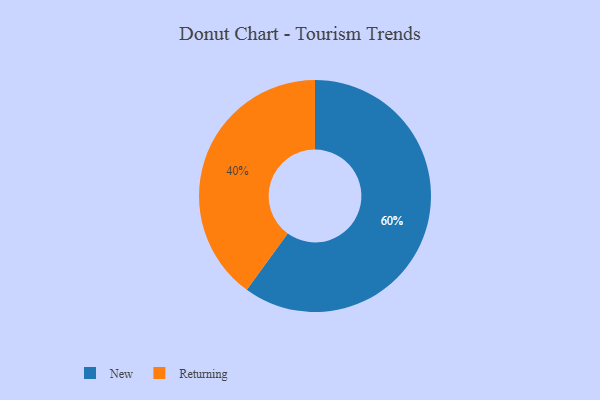
{"axis": {"x": "Category", "y": "Percentage"}, "legend": ["New", "Returning"], "data": [{"x": "Returning", "y": 40, "type": "Returning"}, {"x": "New", "y": 60, "type": "New"}]}